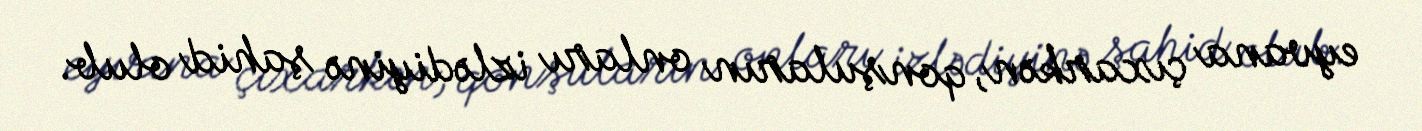
eyvana çıxarkən, qonşuların onları izlədiyinə şahid olub.